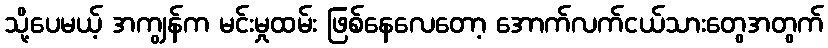
သို့ပေမယ့် အကျွန်က မင်းမှုထမ်း ဖြစ်နေလေတော့ အောက်လက်ငယ်သားတွေအတွက်